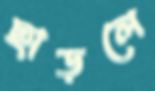
ছাড়লে